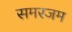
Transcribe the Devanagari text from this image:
समरजम